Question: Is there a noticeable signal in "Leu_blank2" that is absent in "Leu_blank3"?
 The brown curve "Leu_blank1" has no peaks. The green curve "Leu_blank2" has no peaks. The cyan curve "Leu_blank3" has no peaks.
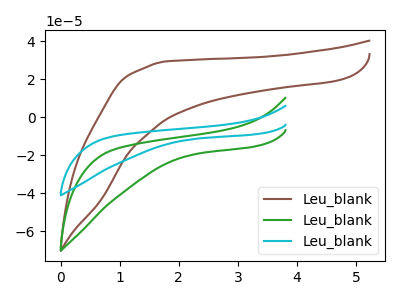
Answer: <think>Neither "Leu_blank2" or "Leu_blank3" have any peaks.
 </think>
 <answer>No, "Leu_blank2" and "Leu_blank3" don't appear to be significantly different in shape</answer>
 <eval>no_change</eval>